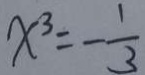
x ^ { 3 } = - \frac { 1 } { 3 }